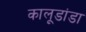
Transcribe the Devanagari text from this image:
कालूडांडा